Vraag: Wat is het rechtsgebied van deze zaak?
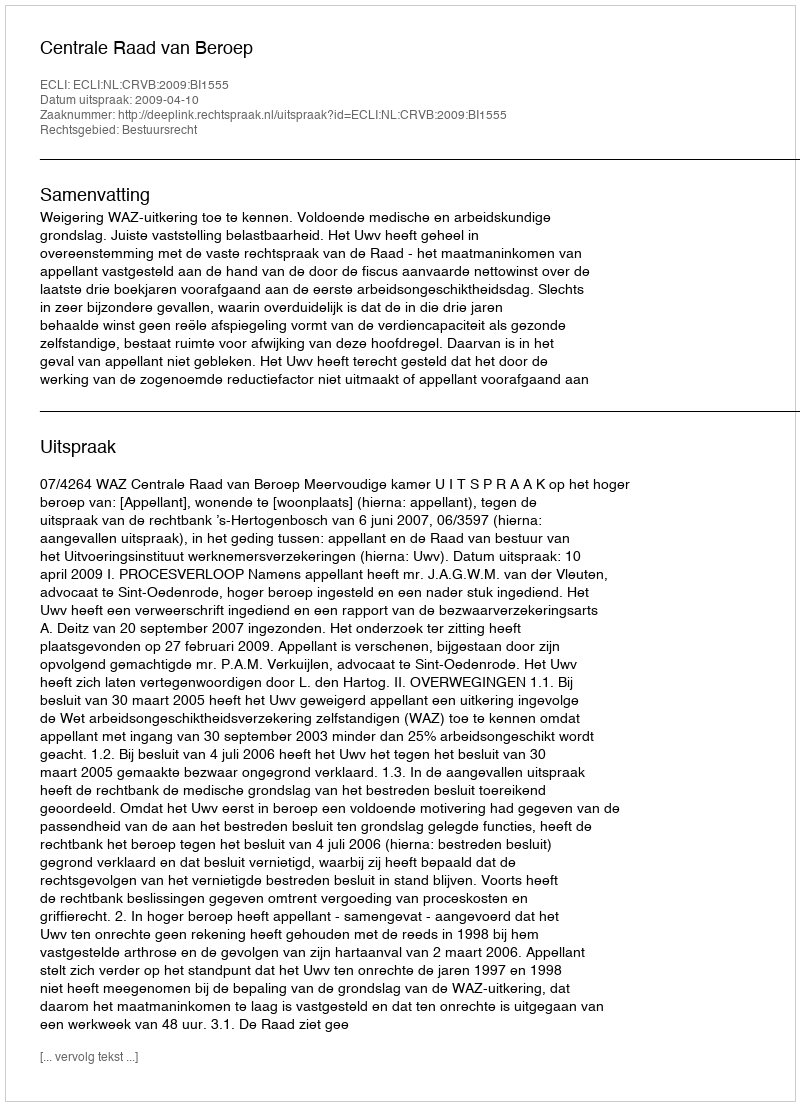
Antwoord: Bestuursrecht